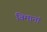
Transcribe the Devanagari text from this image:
विमानां